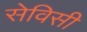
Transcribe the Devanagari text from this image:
सेविसी